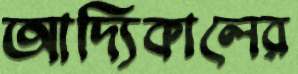
আদ্যিকালের